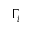
\Gamma _ { i }